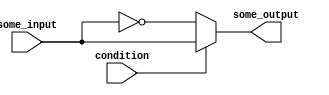
module if_else_statement(
    input wire condition,
    input wire some_input,
    output reg some_output
);

always @(condition or some_input)
begin
    if (~condition) begin
        // Execute these statements if condition is false
        some_output <= ~some_input;
    end
    else begin
        // Execute these statements if condition is true
        some_output <= some_input;
    end
end

endmodule